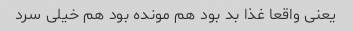
یعنی واقعا غذا بد بود هم مونده بود هم خیلی سرد